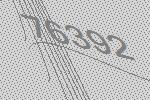
76392